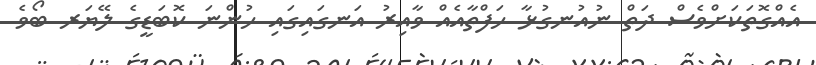
އެއްގޮތަކަށްވެސް ދަތް ނުއުނގުޅާ ހަފްތާއެއް ވާއިރު އަނގައިގައި ހުންނަ ކޮބަޑީގެ ލޭޔަރ ބޯވެ